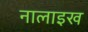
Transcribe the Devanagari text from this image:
नालाइख